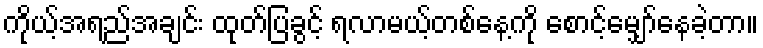
ကိုယ့်အရည်အချင်း ထုတ်ပြခွင့် ရလာမယ့်တစ်နေ့ကို စောင့်မျှော်နေခဲ့တာ။